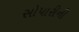
સોપારીની